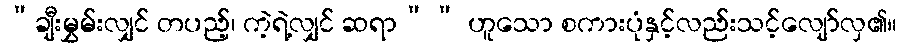
”ချီးမွှမ်းလျှင် တပည့်၊ ကဲ့ရဲ့လျှင် ဆရာ”” ဟူသော စကားပုံနှင့်လည်းသင့်လျော်လှ၏။